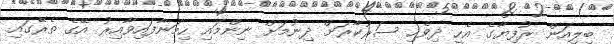
ބިލިއަން ރުފިޔާގެ އެހީ ދިވެހި ސަރުކާރަށް ދިނުމަށް ނިންމައި ހިމަނާފައިވާއިރު އޭގެ ތެރޭގައި